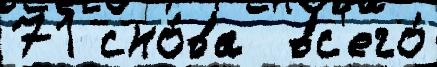
71 сно́ва  вс'его́